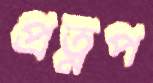
প্রত্নপ